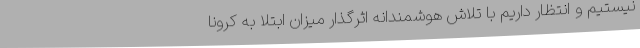
نیستیم و انتظار داریم با تلاش هوشمندانه اثرگذار میزان ابتلا به کرونا